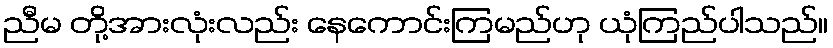
ညီမ တို့အားလုံးလည်း နေကောင်းကြမည်ဟု ယုံကြည်ပါသည်။